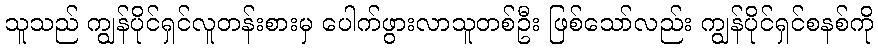
သူသည် ကျွန်ပိုင်ရှင်လူတန်းစားမှ ပေါက်ဖွားလာသူတစ်ဦး ဖြစ်သော်လည်း ကျွန်ပိုင်ရှင်စနစ်ကို